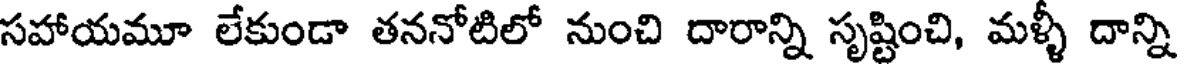
సహాయమూ లేకుండా తననోటిలో నుంచి దారాన్ని సృష్టించి, మళ్ళీ దాన్ని